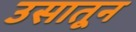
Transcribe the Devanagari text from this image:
उसातून